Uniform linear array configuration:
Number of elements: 24
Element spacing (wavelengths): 1
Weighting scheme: hann
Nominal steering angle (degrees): -15
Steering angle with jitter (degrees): -14.775
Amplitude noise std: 0.05
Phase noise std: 0.05

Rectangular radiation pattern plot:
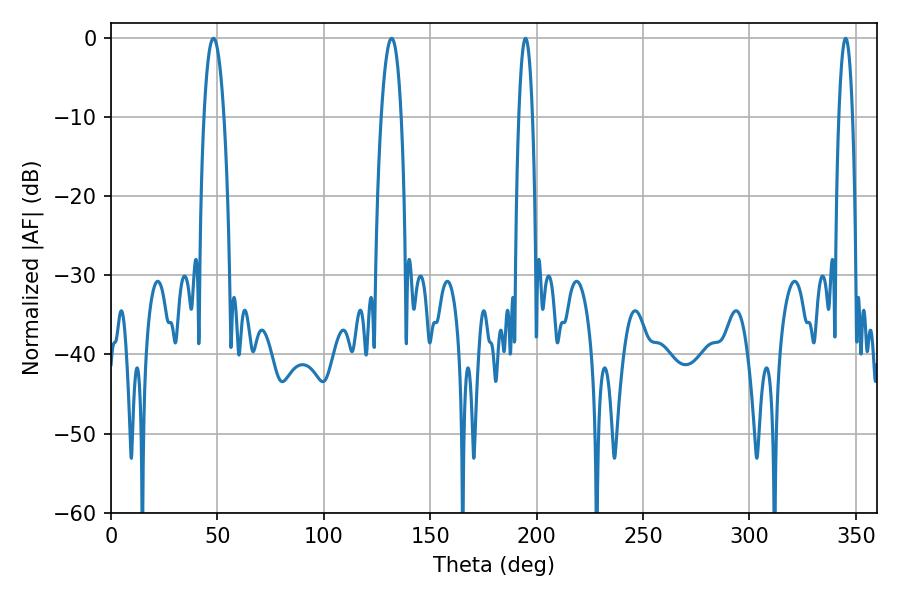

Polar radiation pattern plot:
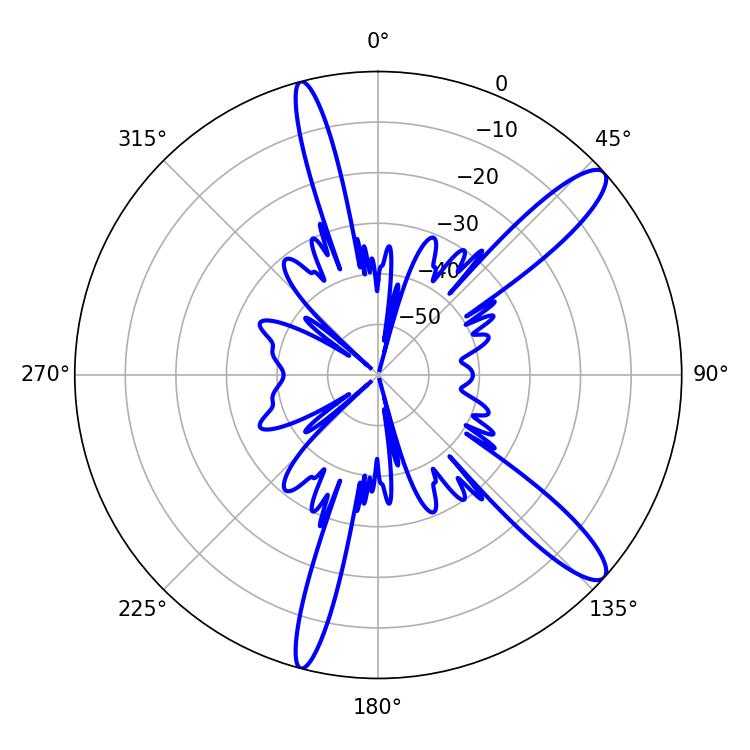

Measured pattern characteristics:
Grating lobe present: TRUE
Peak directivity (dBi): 12.532
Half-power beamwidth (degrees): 3.6
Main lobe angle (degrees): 194.76